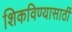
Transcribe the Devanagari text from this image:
शिकविण्यासाठीं